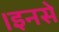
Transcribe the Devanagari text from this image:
।इनसे